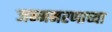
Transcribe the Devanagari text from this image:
जन्ममरणाच्या